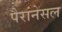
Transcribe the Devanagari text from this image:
पैरानेसल